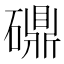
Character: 𬒤